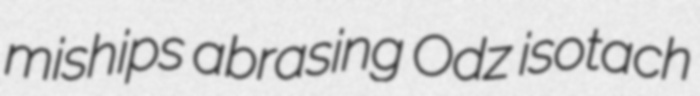
miships abrasing Odz isotach